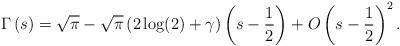
LaTeX: \begin{align*}\Gamma\left(s\right)=\sqrt{\pi}-\sqrt{\pi}\left(2\log(2)+\gamma\right)\left(s-\frac{1}{2}\right)+O\left(s-\frac{1}{2}\right)^{2}.\end{align*}